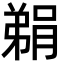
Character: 𮌬